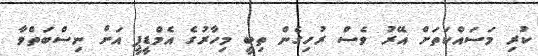
ކުރި މަސައްކަތަށް އޭރު ވެސް ރުހިގެން ތިބީ މިހާރުގެ އެމްޑީޕީ އަށް ނިސްބަތްވާ